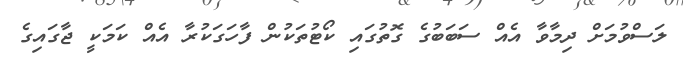
ލަސްވުމަށް ދިމާވާ އެއް ސަބަބުގެ ގޮތުގައި ކޯޓުތަކުން ފާހަގަކުރާ އެއް ކަމަކީ ޖާގައިގެ